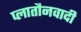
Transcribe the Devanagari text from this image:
प्लातौनवादी